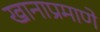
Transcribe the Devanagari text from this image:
खानाप्रमाणे